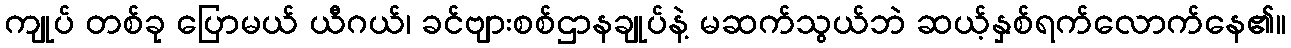
ကျုပ် တစ်ခု ပြောမယ် ယီဂယ်၊ ခင်ဗျားစစ်ဌာနချုပ်နဲ့ မဆက်သွယ်ဘဲ ဆယ့်နှစ်ရက်လောက်နေ၏။